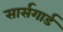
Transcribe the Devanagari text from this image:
सार्सगार्ड